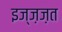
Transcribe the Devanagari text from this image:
इज्ज़ज़त